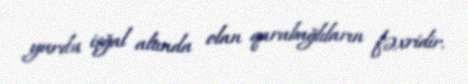
yurdu işğal altında olan qarabağlıların fəxridir.